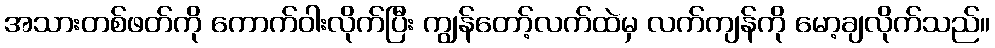
အသားတစ်ဖတ်ကို ကောက်ဝါးလိုက်ပြီး ကျွန်တော့်လက်ထဲမှ လက်ကျန်ကို မော့ချလိုက်သည်။